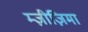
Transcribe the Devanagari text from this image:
म्ज़ीज़िमा